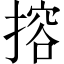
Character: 搈